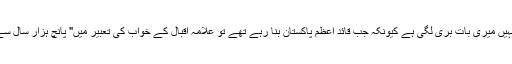
ان کا غصہ سے سرخ چہرہ دیکھ کر میں سمجھ گیا کہ انہیں میری بات بُری لگی ہے کیونکہ جب قائد اعظم پاکستان بنا رہے تھے تو علامہ اقبال کے خواب کی تعبیر میں" پانچ ہزار سال سے پختون، چودہ سو برس سے مسلم والا" مکالمہ نہیں تھا۔